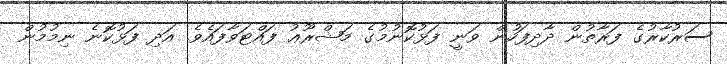
ސަރުކާރުގެ ފަރާތުން ދާދިފަހުން ވަނީ ފަޅުކޮނުމުގެ މަޝްރޫޢު ފައްޓަވާފައެވެ. އަދި ފަޅުކޮނެ ނިމުމުން